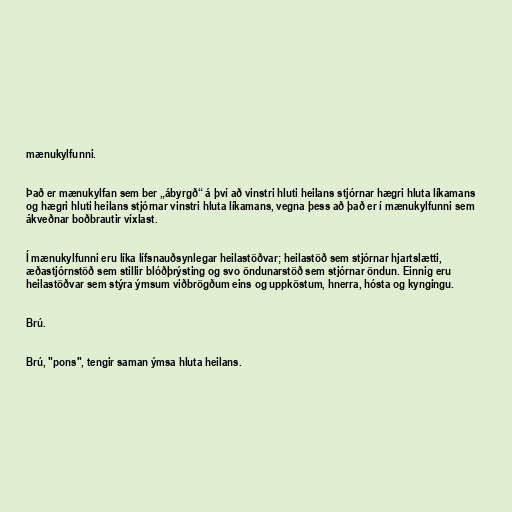
mænukylfunni.

Það er mænukylfan sem ber „ábyrgð“ á því að vinstri hluti heilans stjórnar hægri hluta líkamans
og hægri hluti heilans stjórnar vinstri hluta líkamans, vegna þess að það er í mænukylfunni sem
ákveðnar boðbrautir víxlast.

Í mænukylfunni eru líka lífsnauðsynlegar heilastöðvar; heilastöð sem stjórnar hjartslætti,
æðastjórnstöð sem stillir blóðþrýsting og svo öndunarstöð sem stjórnar öndun. Einnig eru
heilastöðvar sem stýra ýmsum viðbrögðum eins og uppköstum, hnerra, hósta og kyngingu.

Brú.

Brú, "pons", tengir saman ýmsa hluta heilans.